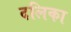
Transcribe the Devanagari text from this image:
दलिका